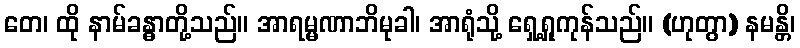
တေ၊ ထို နာမ်ခန္ဓာတို့သည်။ အာရမ္မဏာဘိမုခါ၊ အာရုံသို့ ရှေ့ရှုကုန်သည်။ (ဟုတွာ) နမန္တိ၊